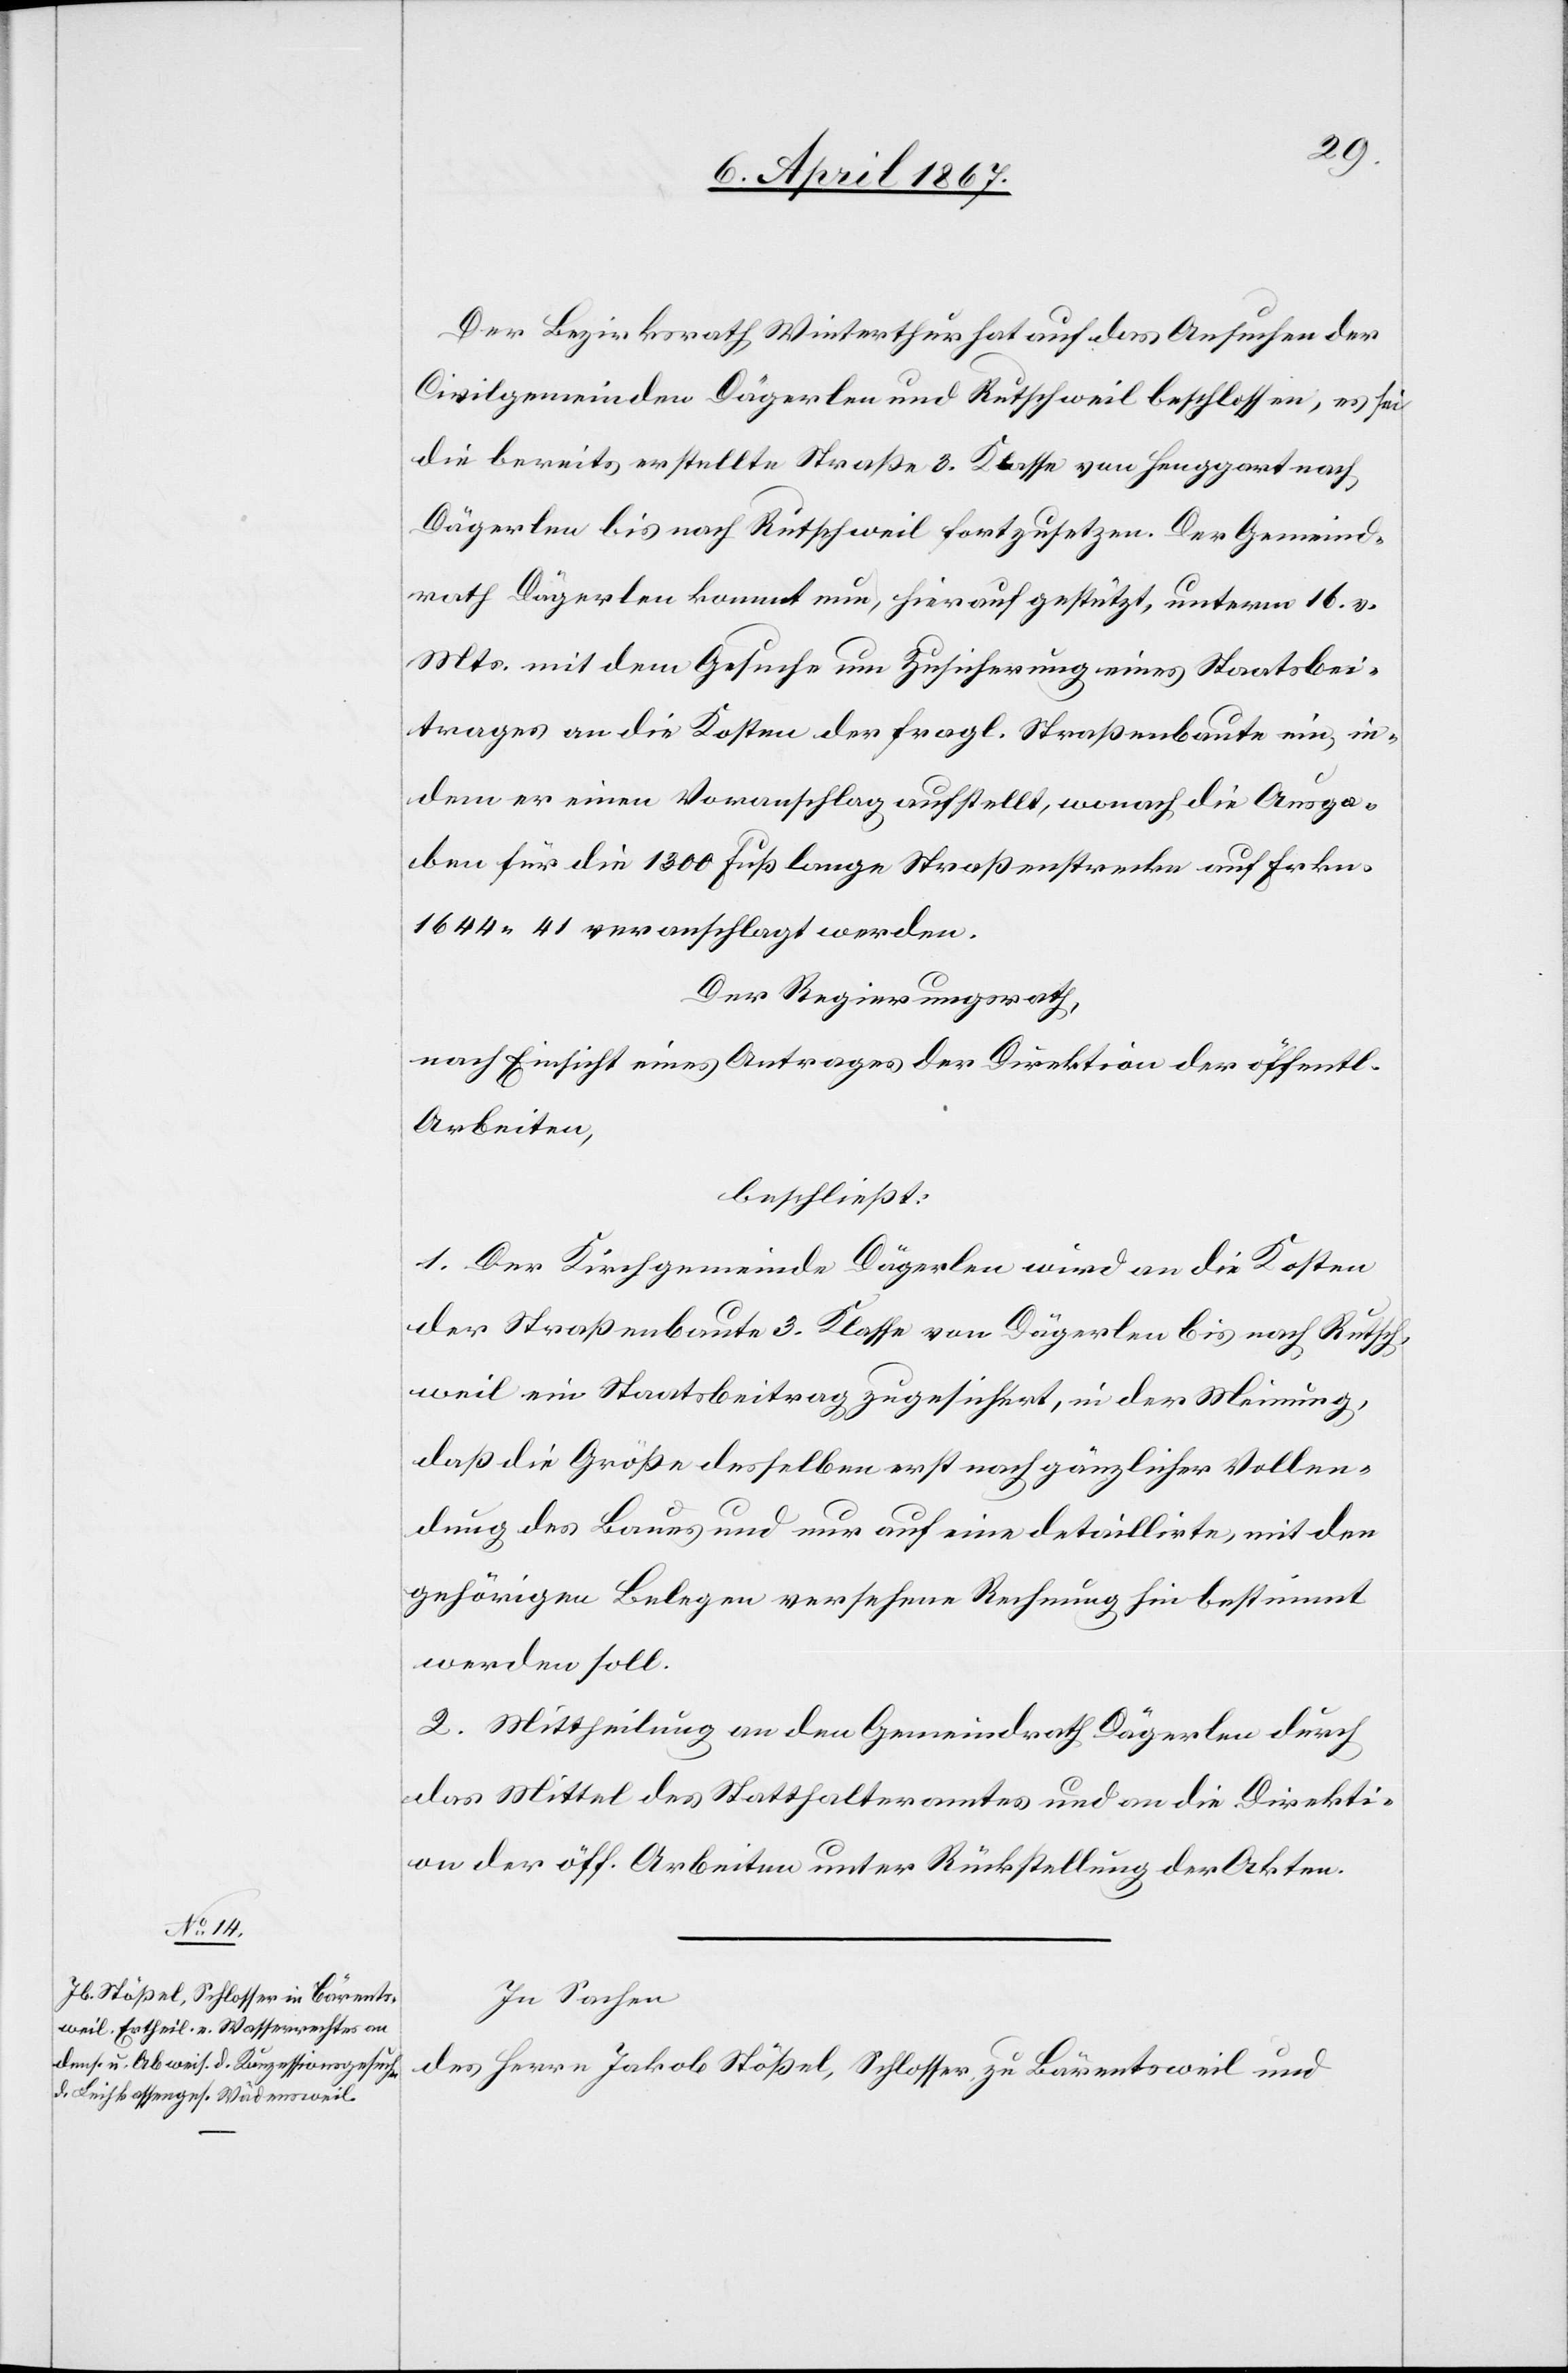
Der Bezirksrath Winterthur hat auf das Ansuchen der
Civilgemeinde Dägerlen und Rutschweil beschlossen, es sei
die bereits erstellte Straße 3. Klasse von Henggart nach
Dägerlen bis nach Rutschweil fortzusetzen. Der Gemeind¬
rath Dägerlen kommt nun, hierauf gestützt, unterm 16. v.
Mts. mit dem Gesuche um Zusicherung eines Staatsbei¬
trages an die Kosten der fragl. Straßenbaute ein, in¬
dem er einen Voranschlag aufstellt, wonach die Ausga¬
ben für die 1300 Fuß lange Straßenstrecke auf Frkn.
1644. 41 veranschlagt werden.
Der Regierungsrath,
nach Einsicht eines Antrages der Direktion der öffentl.
Arbeiten,
beschließt:
1. Der Kirchgemeinde Dägerlen wird an die Kosten
der Straßenbaute 3. Klasse von Dägerlen bis nach Rutsch¬
weil ein Staatsbeitrag zugesichert, in der Meinung,
daß die Größe desselben erst nach gänzlicher Vollen¬
dung des Baues und nur auf eine detaillirte, mit den
gehörigen Belegen versehene Rechnung hin bestimmt
werden soll.
2. Mittheilung an den Gemeinderath Dägerlen durch
das Mittel des Statthalteramtes und an die Direkti¬
on der öff. Arbeiten unter Rückstellung der Akten.
In Sachen
des Herrn Jakob Stößel, Schlosser, zu Bärentsweil und